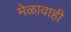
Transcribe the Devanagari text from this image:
मेळावाही